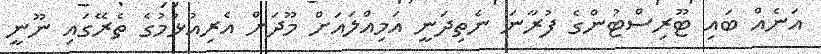
އަނެއް ބައި ޓޫރިސްޓުންގެ ފުރާނަ ނެތިދަނީ އަމިއްލައަށް މޫދަށް އެރިއުޅުމުގެ ތެރޭގައި ނޫނީ